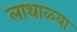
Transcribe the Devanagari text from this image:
लाथाळ्या